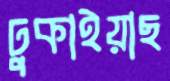
ঢুকাইয়াছ